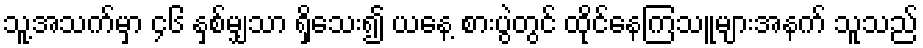
သူ့အသက်မှာ ၄၆ နှစ်မျှသာ ရှိသေး၍ ယနေ့ စားပွဲတွင် ထိုင်နေကြသူများအနက် သူသည်